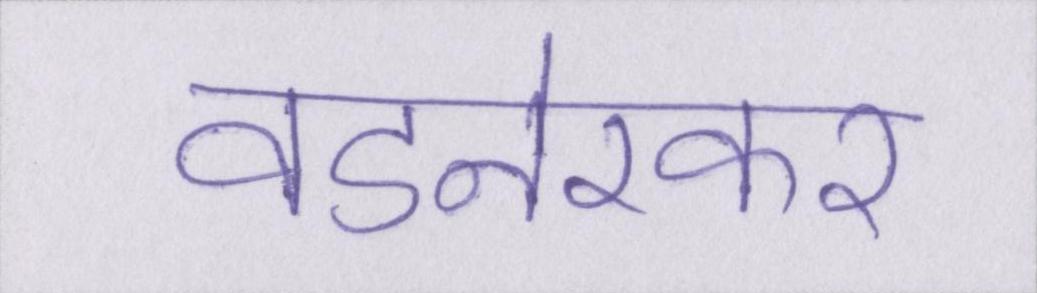
वडनेरकर